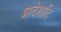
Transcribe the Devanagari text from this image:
प्रादेशादि